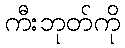
ကီးဘုတ်ကို